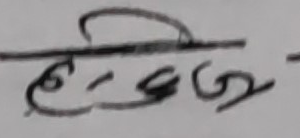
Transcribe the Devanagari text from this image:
लगभग